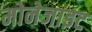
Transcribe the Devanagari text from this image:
मोनेजाइट